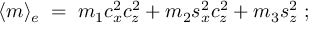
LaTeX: \langle m \rangle _ { e } \; = \; m _ { 1 } c _ { x } ^ { 2 } c _ { z } ^ { 2 } + m _ { 2 } s _ { x } ^ { 2 } c _ { z } ^ { 2 } + m _ { 3 } s _ { z } ^ { 2 } \; ;